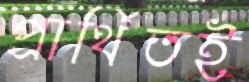
প্রার্থিতই